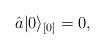
LaTeX: \begin{align*}\hat{a} \vert 0 \rangle_{[0]} = 0,\end{align*}